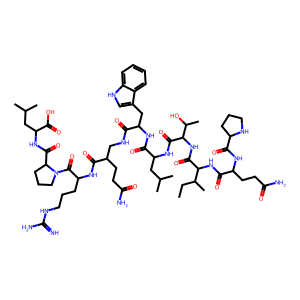
SMILES: CCC(C)C(NC(=O)C(CCC(N)=O)NC(=O)C1CCCN1)C(=O)NC(C(=O)NC(CC(C)C)C(=O)NC(Cc1c[nH]c2ccccc12)C(=O)NCC(CCC(N)=O)C(=O)NC(CCCNC(=N)N)C(=O)N1CCCC1C(=O)NC(CC(C)C)C(=O)O)C(C)O
Inhibits HIV replication: No